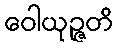
ဝေါယုဉ္ဇတိ